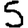
Digit: 5